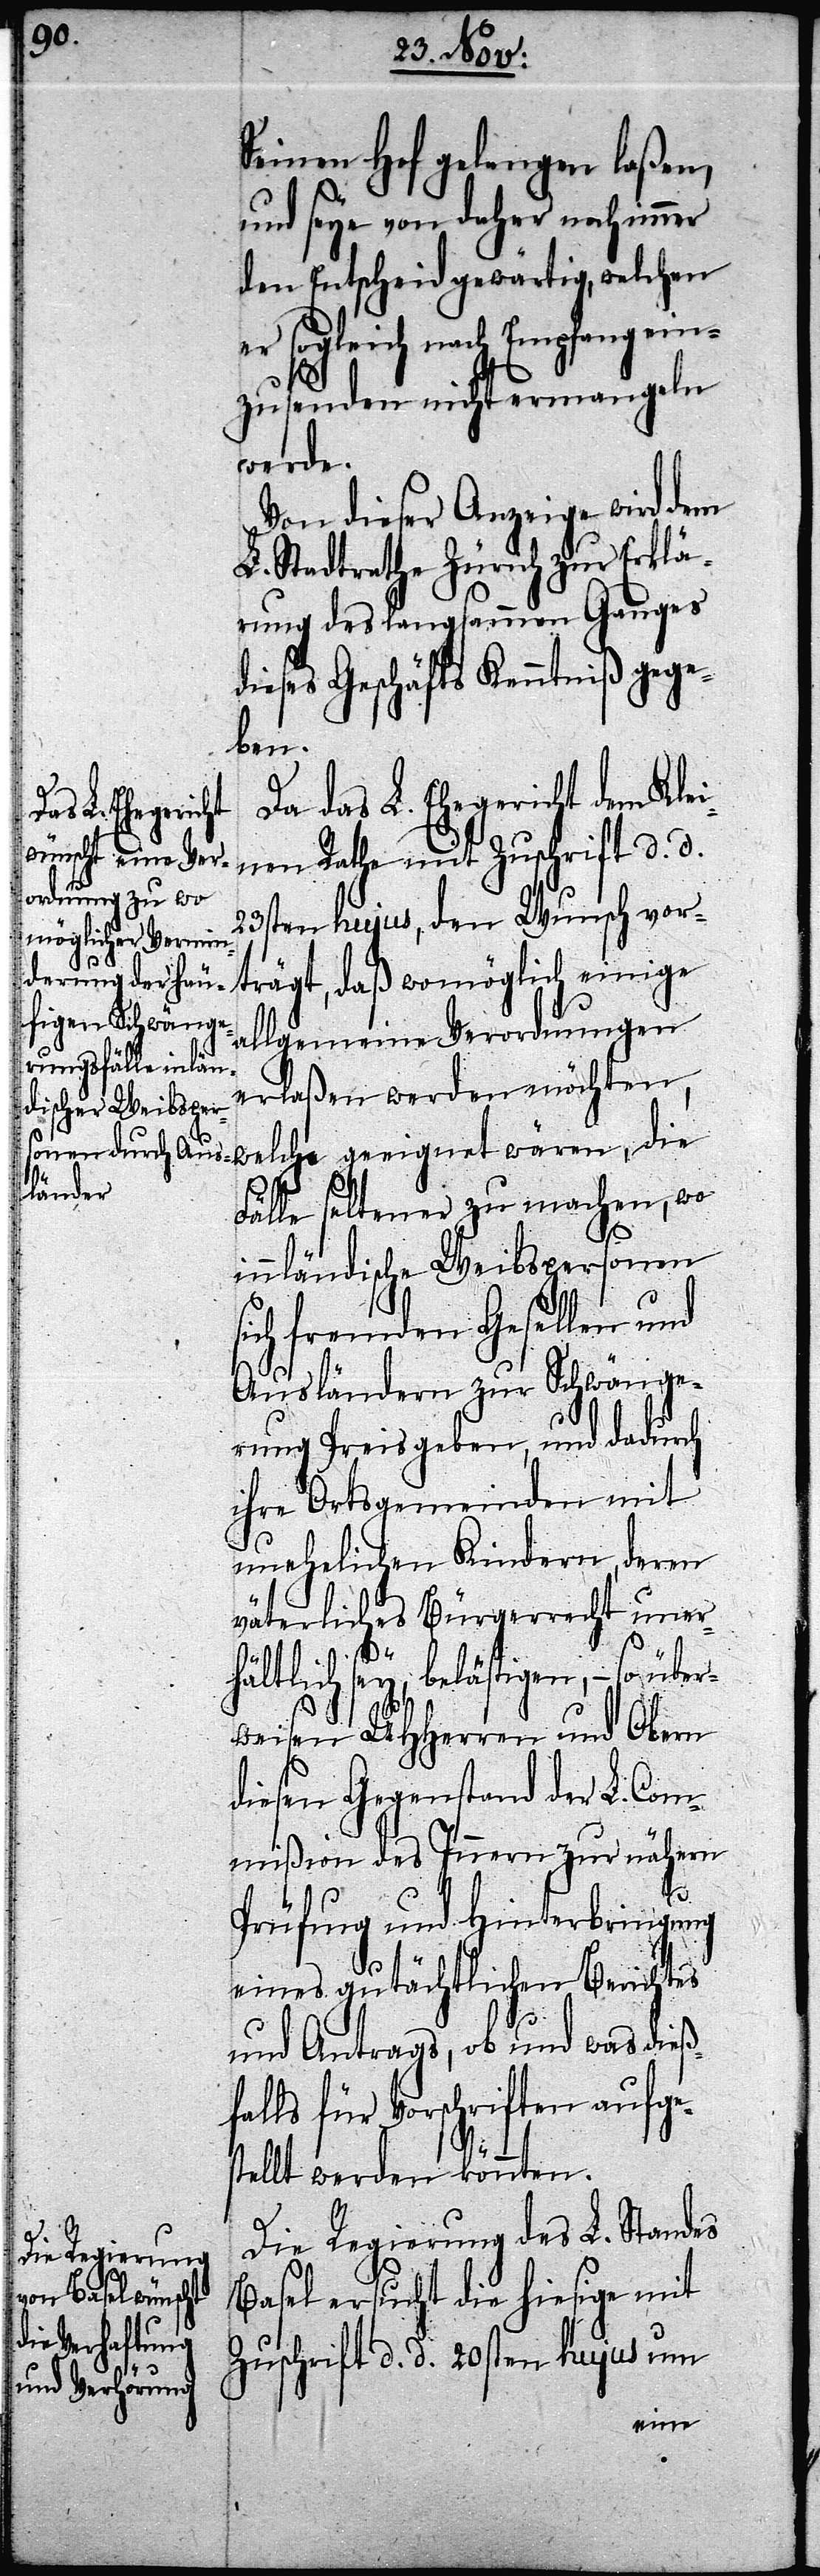
Seinen Hof gelangen laßen,
und seye von daher noch immer
den Entscheid gewärtig, welchen
er sogleich nach Empfang ein¬
zusenden nicht ermangeln
wären,
Von dieser Anzeige wird dem
L. Stadtrathe Zürich zur Erklä¬
rung des langsammen Ganges
dieses Geschäfts Kenntniß gege¬
ben.
Da das L. Ehegericht dem Kle¬
inen Rathe mit Zuschrift d. d.
23sten hujus, den Wunsch vor¬
Allgemeine Verordnungen
erlaßen werden möchten,
Fälle seltener zu machen, wo
innländische Weibspersonen
sich fremden Gesellen und
Ausländern zur Schwänge¬
rung Preis geben, und dadurch
ihre Ortsgemeinden mit
unehelichen Kindern, deren
väterliches Bürgerrecht uner¬
gnet
hältlich sey, belästigen, – so über¬
weisen UHHerren und Obern
diesen Gegenstand der L. Com¬
mißion des Innern zur nähern
Prüfung und Hinterbringung
eines gutächtlichen Berichtes
und Antrags, ob und was dieß¬
falls für Vorschriften aufge¬
stellt werden könnten.
Die Regierung des L. Standes
Basel ersucht die hiesige mit
Zuschrift d. d. 20sten hujus um
einige